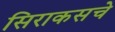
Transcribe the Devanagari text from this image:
सिराकसचे